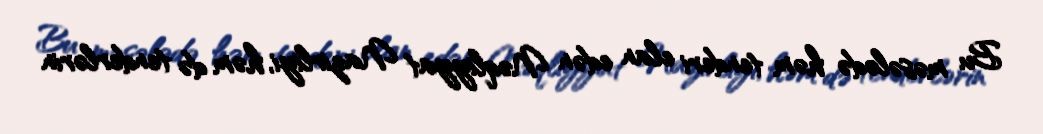
Bu məsələdə həm tenderi elan edən Nəqliyyat Nazirliyi, həm də tenderlərin